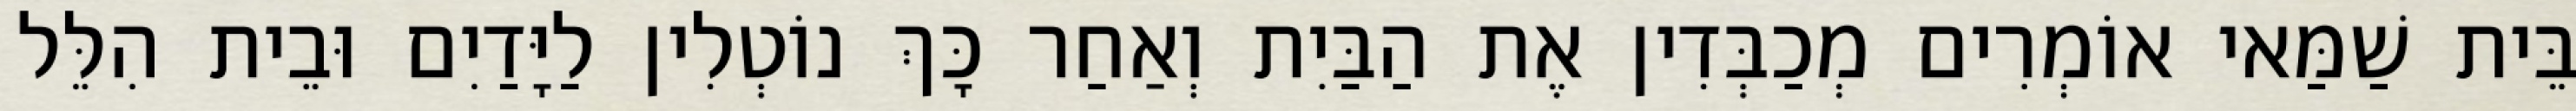
בֵּית שַׁמַּאי אוֹמְרִים מְכַבְּדִין אֶת הַבַּיִת וְאַחַר כָּךְ נוֹטְלִין לַיָּדַיִם וּבֵית הִלֵּל